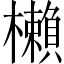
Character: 櫴